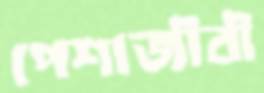
পেশাজীবী